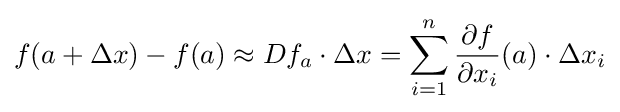
f(a+\Delta x)-f(a)\approx Df_{a}\cdot \Delta x=\sum _{i=1}^{n}{\frac {\partial f}{\partial x_{i}}}(a)\cdot \Delta x_{i}